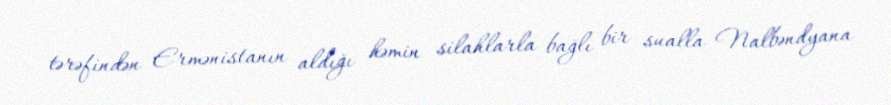
tərəfindən Ermənistanın aldığı həmin silahlarla bağlı bir sualla Nalbəndyana